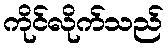
ကိုင်လိုက်သည်